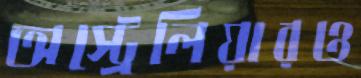
অস্ট্রেলিয়ারও